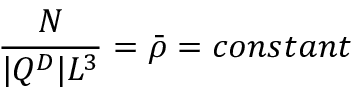
\frac { N } { | Q ^ { D } | L ^ { 3 } } = \bar { \rho } = c o n s t a n t